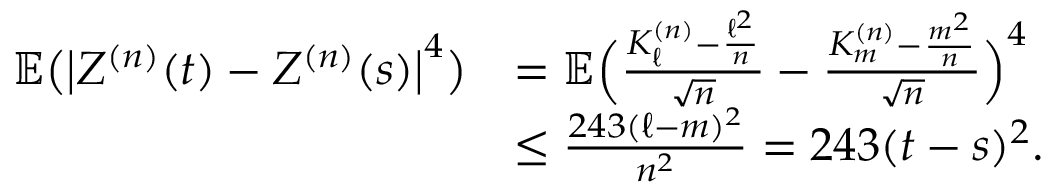
\begin{array} { r l } { \mathbb { E } \bigl ( \bigl | Z ^ { ( n ) } ( t ) - Z ^ { ( n ) } ( s ) \bigr | ^ { 4 } \bigr ) } & { = \mathbb { E } \Big ( \frac { K _ { \ell } ^ { ( n ) } - \frac { \ell ^ { 2 } } { n } } { \sqrt { n } } - \frac { K _ { m } ^ { ( n ) } - \frac { m ^ { 2 } } { n } } { \sqrt { n } } \Big ) ^ { 4 } } \\ & { \leq \frac { 2 4 3 ( \ell - m ) ^ { 2 } } { n ^ { 2 } } = 2 4 3 ( t - s ) ^ { 2 } . } \end{array}